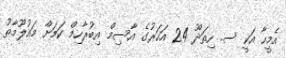
އެމީހާ އަކީ ސ. ހިތަދޫ 24 އަހަރުގެ އާސިމް އިބުރާހިމް ކަމަށް މައުލޫމާތު